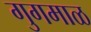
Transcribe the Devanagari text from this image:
गुगमाळ